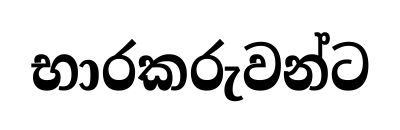
භාරකරුවන්ට